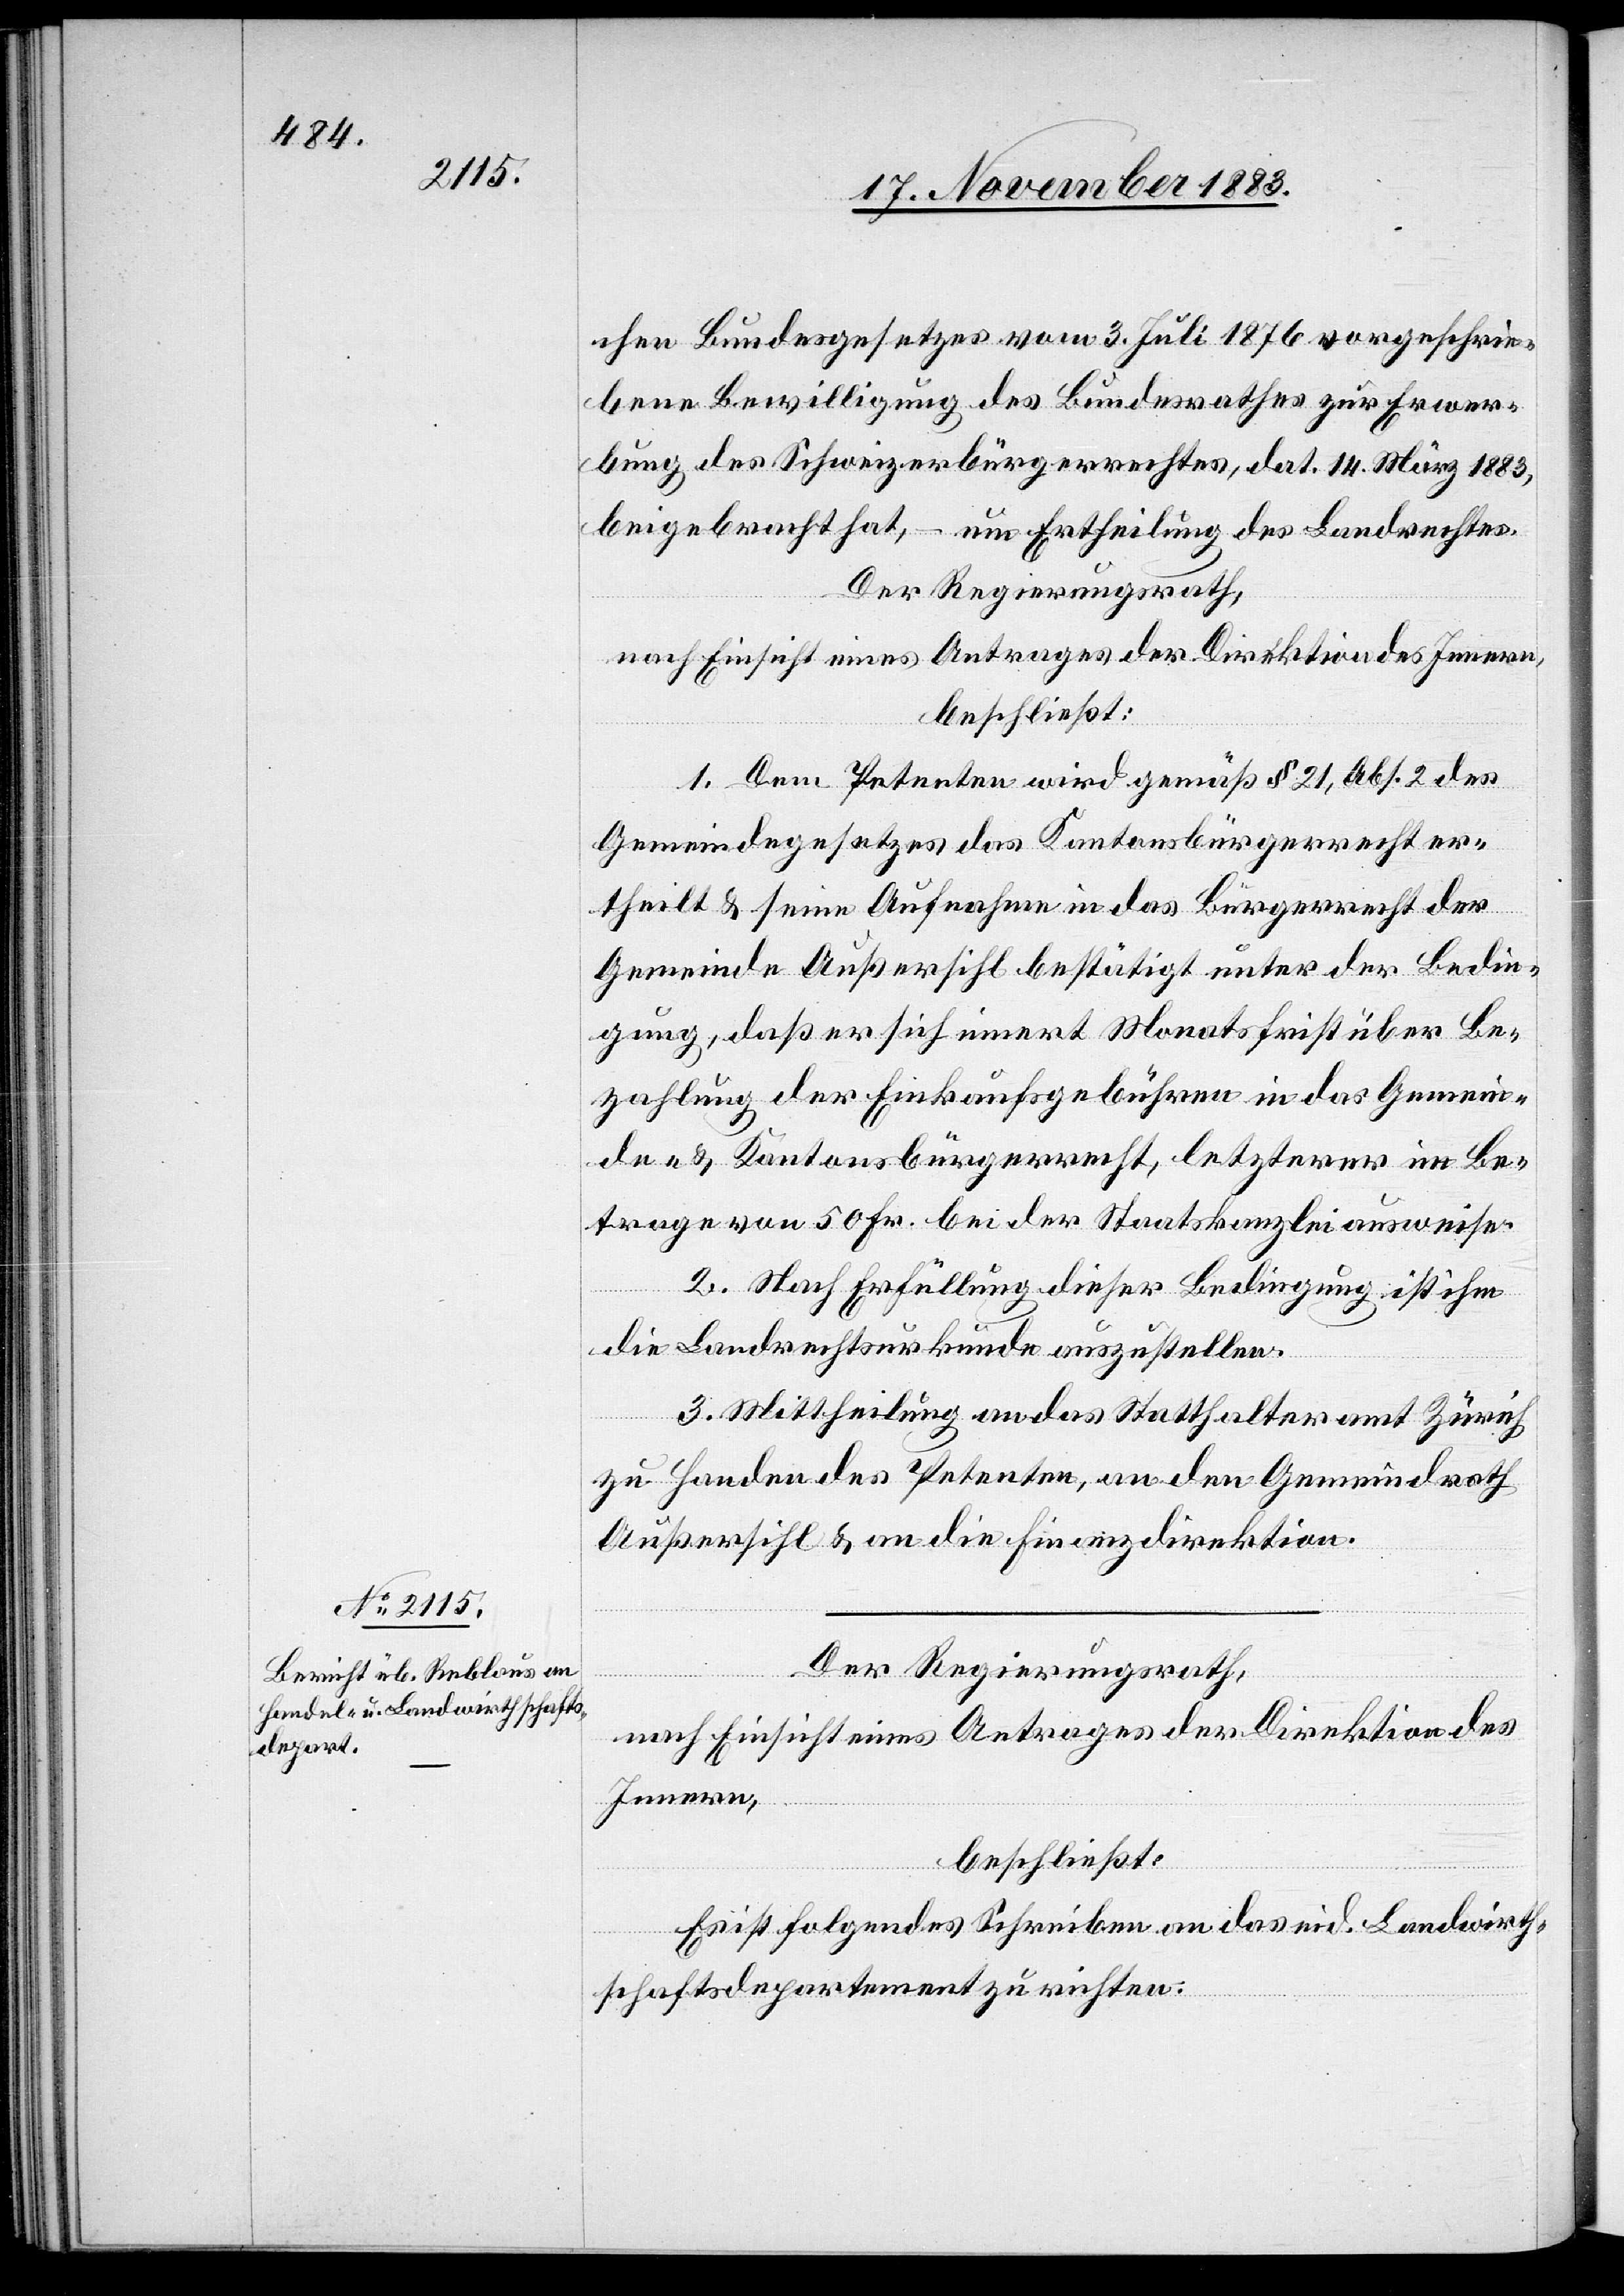
chen Bundesgesetzes vom 3. Juli 1876 vorgeschrie¬
bene Bewilligung des Bundesrathes zur Erwer¬
bung des Schweizerbürgerrechtes, dat. 14. März 1883,
beigebracht hat, – um Ertheilung des Landrechtes.
Der Regierungsrath,
nach Einsicht eines Antrages der Direktion des Innern,
beschießt:
I. Dem Petenten wird gemäß § 21, Abs. 2 des
Gemeindegesetzes das Kantonsbürgerrecht er¬
theilt & seine Aufnahme in das Bürgerrecht der
Gemeinde Außersihl bestätigt unter der Bedin¬
gung, daß er sich innert Monatsfrist über Be¬
zahlung der Einkaufsgebühren in das Gemein¬
de- & Kantonsbürgerrecht, letzterer im Be¬
trage von 50. Fr. bei der Staatskanzlei ausweise.
2. Nach Erfüllung dieser Bedingung ist ihm
die Landrechtsurkunde auszustellen.
3. Mittheilung an das Statthalteramt Zürich
zu Handen des Petenten, an den Gemeindrath
Außersihl & an die Finanzdirektion.